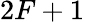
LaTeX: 2F+1